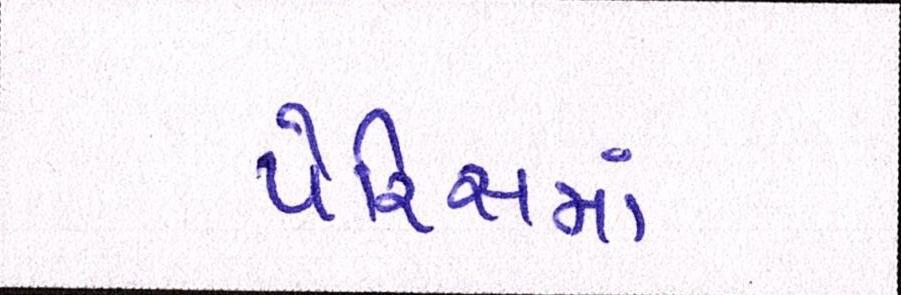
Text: પેરિસમાં